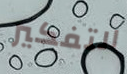
التفكير